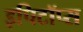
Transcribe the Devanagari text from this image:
इपिटॉप्स